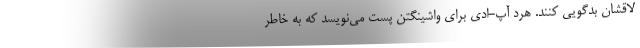
لاقشان بدگویی کنند. هرد آپ-ادی برای واشینگتن پست می‌نویسد که به خاطر